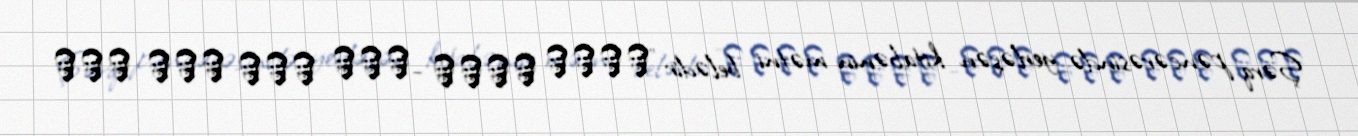
Şərq pəncərəsində yerləşən kitabənin mətni belədir "١بسم الله -الر حمن الر حیم